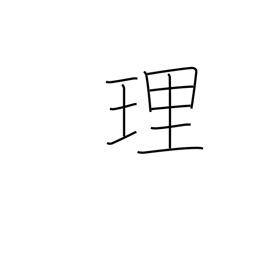
Meaning: justice